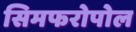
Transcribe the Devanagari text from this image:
सिमफरोपोल